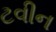
ટવીન